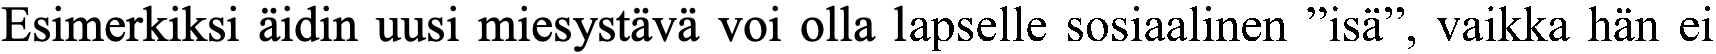
Esimerkiksi äidin uusi miesystävä voi olla lapselle sosiaalinen ”isä”, vaikka hän ei